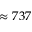
\approx 7 3 7